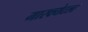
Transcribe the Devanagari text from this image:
मारक्येटला